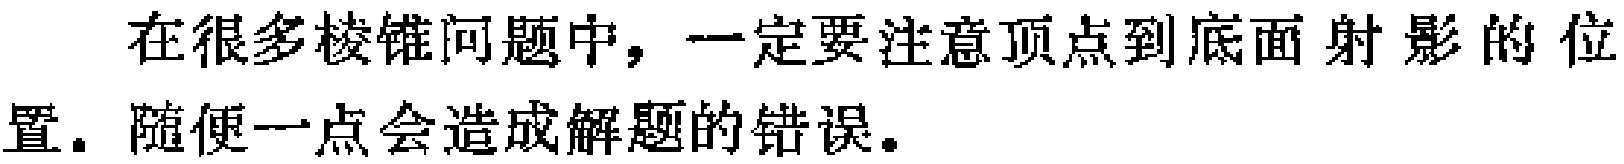
在很多棱锥问题中，一定要注意顶点到底面射影的位置. 随便一点会造成解题的错误.